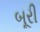
બૂરી